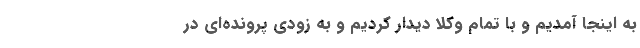
به اینجا آمدیم و با تمام وکلا دیدار کردیم و به زودی پروند‌ه‌ای در